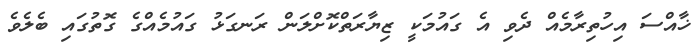
ޚާއްސަ އިހުތިރާމެއް ދެވި އެ ގައުމަކީ ޒިޔާރަތްކޮށްލަން ރަނގަޅު ގައުމެއްގެ ގޮތުގައި ބެލެވެ